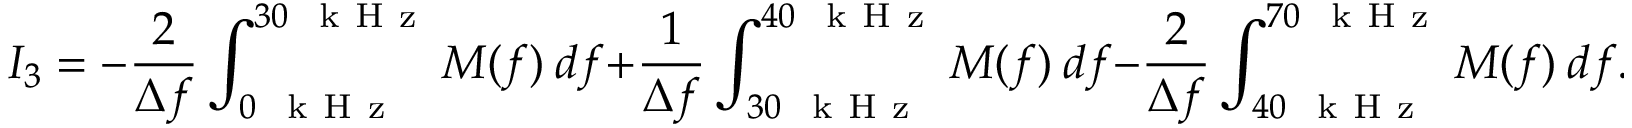
I _ { 3 } = - \frac { 2 } { \Delta f } \int _ { 0 ~ \mathrm { ~ k ~ H ~ z ~ } } ^ { 3 0 ~ \mathrm { ~ k ~ H ~ z ~ } } M ( f ) ~ d f + \frac { 1 } { \Delta f } \int _ { 3 0 ~ \mathrm { ~ k ~ H ~ z ~ } } ^ { 4 0 ~ \mathrm { ~ k ~ H ~ z ~ } } M ( f ) ~ d f - \frac { 2 } { \Delta f } \int _ { 4 0 ~ \mathrm { ~ k ~ H ~ z ~ } } ^ { 7 0 ~ \mathrm { ~ k ~ H ~ z ~ } } M ( f ) ~ d f .